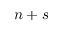
n + s